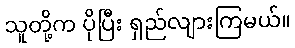
သူတို့က ပိုပြီး ရှည်လျားကြမယ်။